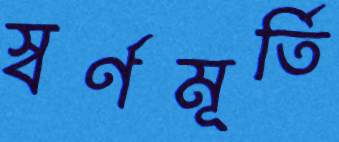
স্বর্ণমূর্তি